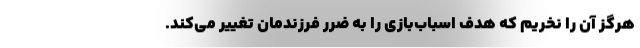
هرگز آن را نخریم که هدف اسباب‌بازی را به ضرر فرزندمان تغییر می‌کند.